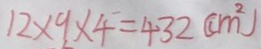
1 2 \times 9 \times 4 = 4 3 2 ( c m ^ { 2 } )